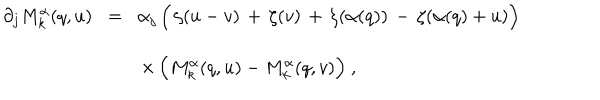
\begin{array} { r c l } { { \partial _ { j } ^ { } M _ { k } ^ { \alpha } ( q , u ) \! } } & { { = } } & { { \! \alpha _ { j } ^ { } \, \Bigl ( \, \zeta ( u - v ) \, + \, \zeta ( v ) \, + \, \zeta ( \alpha ( q ) ) \, - \, \zeta ( \alpha ( q ) + u ) \Bigr ) } } \\ { { } } & { { } } & { { \times \, \Bigl ( M _ { k } ^ { \alpha } ( q , u ) - M _ { k } ^ { \alpha } ( q , v ) \Bigr ) ~ , } } \\ \end{array}